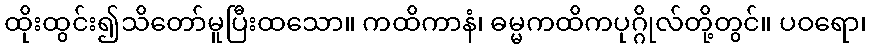
ထိုးထွင်း၍သိတော်မူပြီးထသော။ ကထိကာနံ၊ ဓမ္မကထိကပုဂ္ဂိုလ်တို့တွင်။ ပဝရော၊